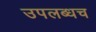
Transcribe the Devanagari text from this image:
उपलब्धच